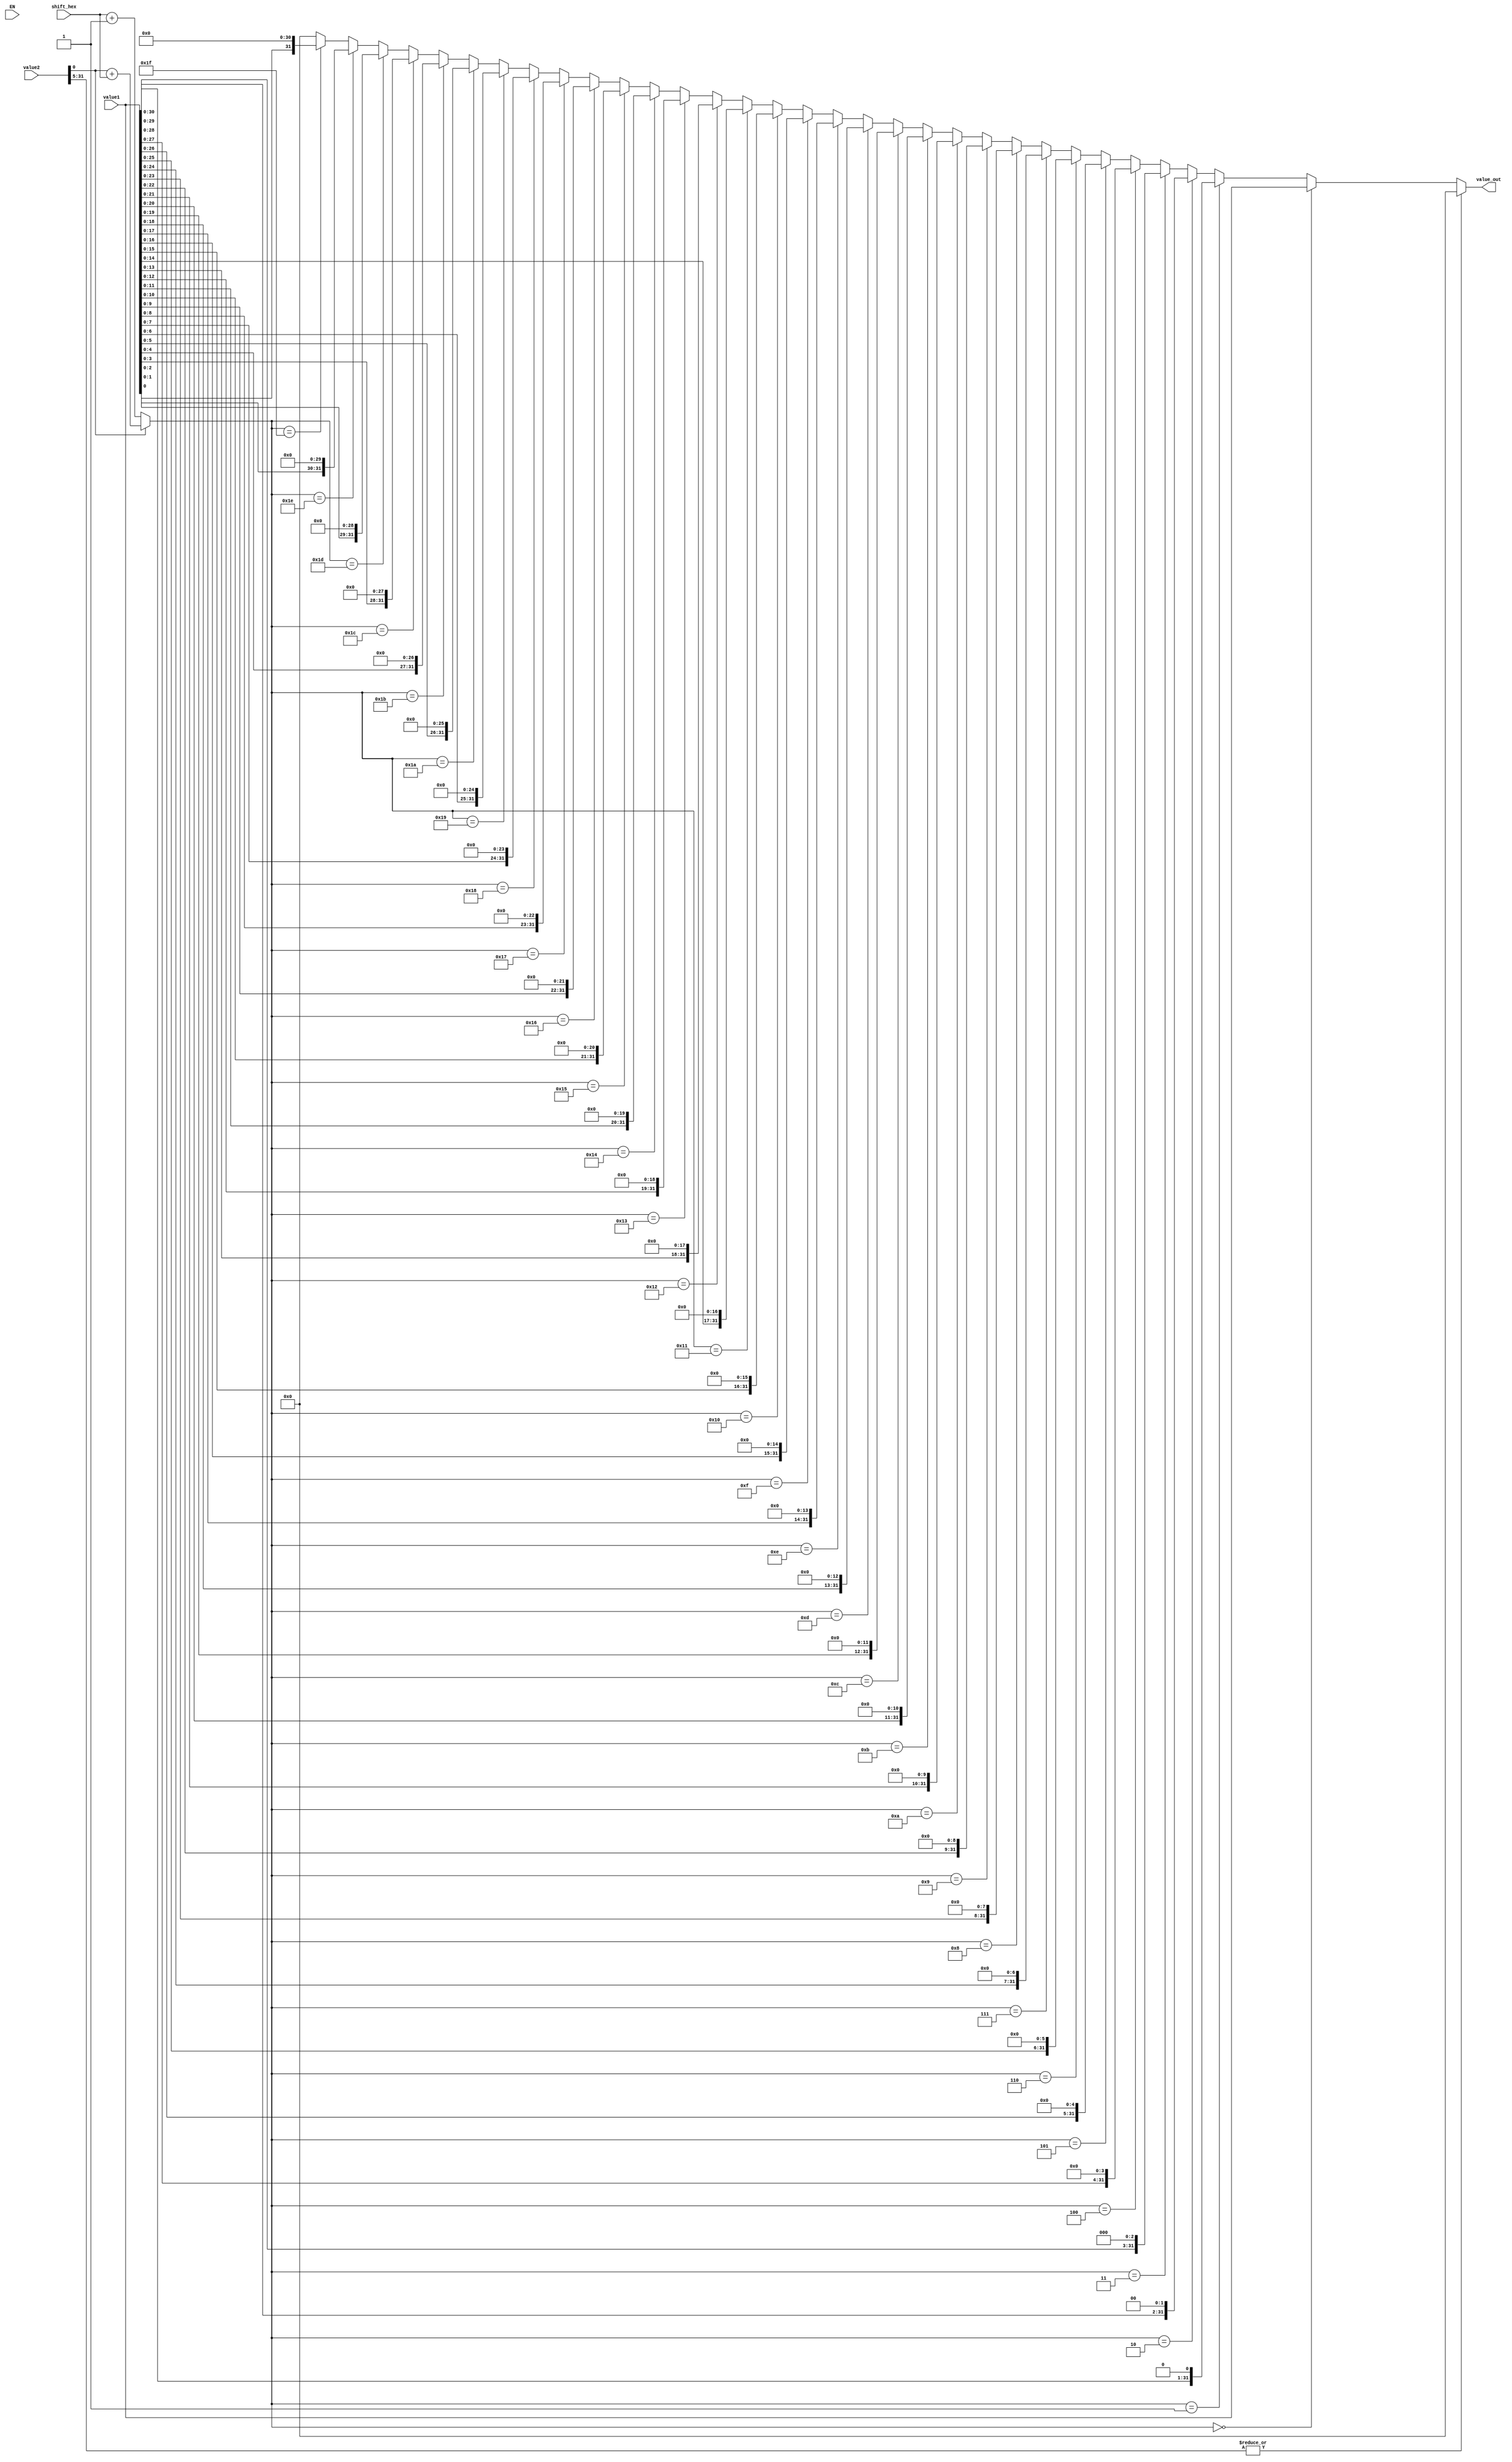
module asl(value1, value2, shift_hex, value_out, EN);
	input [31:0] value1, value2;
	input [3:0] shift_hex;
	output [31:0] value_out;
	input EN;

	wire or_unary = |value2[31:5];
	wire value2_shrink = value2[4:0];

	wire [4:0] shift_amt = (value2_shrink== 32'b0) ? 
		( {1'b0, shift_hex} + 5'b1) : (value2_shrink + {1'b0, shift_hex});

	assign value_out = (or_unary==1'b1) ? 32'b0 : (
		(shift_amt == 5'b00000) ? value1[31:0] :
		(shift_amt == 5'b00001) ? {value1[30:0], 01'b0 } :
		(shift_amt == 5'b00010) ? {value1[29:0], 02'b0 } :
		(shift_amt == 5'b00011) ? {value1[28:0], 03'b0 } :
		(shift_amt == 5'b00100) ? {value1[27:0], 04'b0 } :
		(shift_amt == 5'b00101) ? {value1[26:0], 05'b0 } :
		(shift_amt == 5'b00110) ? {value1[25:0], 06'b0 } :
		(shift_amt == 5'b00111) ? {value1[24:0], 07'b0 } :
		(shift_amt == 5'b01000) ? {value1[23:0], 08'b0 } :
		(shift_amt == 5'b01001) ? {value1[22:0], 09'b0 } :
		(shift_amt == 5'b01010) ? {value1[21:0], 10'b0 } :
		(shift_amt == 5'b01011) ? {value1[20:0], 11'b0 } :
		(shift_amt == 5'b01100) ? {value1[19:0], 12'b0 } :
		(shift_amt == 5'b01101) ? {value1[18:0], 13'b0 } :
		(shift_amt == 5'b01110) ? {value1[17:0], 14'b0 } :
		(shift_amt == 5'b01111) ? {value1[16:0], 15'b0 } :
		(shift_amt == 5'b10000) ? {value1[15:0], 16'b0 } :
		(shift_amt == 5'b10001) ? {value1[14:0], 17'b0 } :
		(shift_amt == 5'b10010) ? {value1[13:0], 18'b0 } :
		(shift_amt == 5'b10011) ? {value1[12:0], 19'b0 } :
		(shift_amt == 5'b10100) ? {value1[11:0], 20'b0 } :
		(shift_amt == 5'b10101) ? {value1[10:0], 21'b0 } :
		(shift_amt == 5'b10110) ? {value1[09:0], 22'b0 } :
		(shift_amt == 5'b10111) ? {value1[08:0], 23'b0 } :
		(shift_amt == 5'b11000) ? {value1[07:0], 24'b0 } :
		(shift_amt == 5'b11001) ? {value1[06:0], 25'b0 } :
		(shift_amt == 5'b11010) ? {value1[05:0], 26'b0 } :
		(shift_amt == 5'b11011) ? {value1[04:0], 27'b0 } :
		(shift_amt == 5'b11100) ? {value1[03:0], 28'b0 } :
		(shift_amt == 5'b11101) ? {value1[02:0], 29'b0 } :
		(shift_amt == 5'b11110) ? {value1[01:0], 30'b0 } :
		(shift_amt == 5'b11111) ? {value1[00:0], 31'b0 } : 32'b0);
endmodule